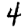
Digit: 4